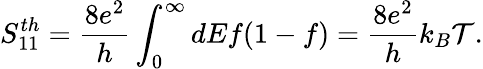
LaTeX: {S_{11}^{th}=\frac{8e^{2}}{h}\int_{0}^{\infty}dEf(1-f)=\frac{8e^{2}}{h}k_{B}\mathcal{T}.}